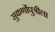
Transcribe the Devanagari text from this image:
सुकर्णोपुत्रीला